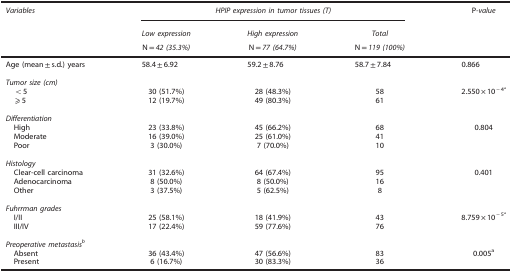
<table><thead><tr><td><b><i>Variables</i></b></td><td colspan="3"><b><i>HPIP expression in tumor tissues (T)</i></b></td><td><b>P<i>-value</i></b></td></tr><tr><td><b> </b></td><td><b><i>Low expression</i></b></td><td><b><i>High expression</i></b></td><td><b><i>Total</i></b></td><td><b> </b></td></tr><tr><td><b> </b></td><td><b>N=<i>42 (35.3%)</i></b></td><td><b>N=<i>77 (64.7%)</i></b></td><td><b>N=<i>119 (100%)</i></b></td><td><b> </b></td></tr></thead><tbody><tr><td>Age (mean±s.d.) years</td><td>58.4±6.92</td><td>59.2±8.76</td><td>58.7±7.84</td><td>0.866</td></tr><tr><td> </td><td> </td><td> </td><td> </td><td> </td></tr><tr><td colspan="5"><i>Tumor size (cm)</i></td></tr><tr><td> &lt;5</td><td>30 (51.7%)</td><td>28 (48.3%)</td><td>58</td><td>2.550 × 10<sup>−4a</sup></td></tr><tr><td> ⩾5</td><td>12 (19.7%)</td><td>49 (80.3%)</td><td>61</td><td> </td></tr><tr><td> </td><td> </td><td> </td><td> </td><td> </td></tr><tr><td colspan="5"><i>Differentiation</i></td></tr><tr><td> High</td><td>23 (33.8%)</td><td>45 (66.2%)</td><td>68</td><td>0.804</td></tr><tr><td> Moderate</td><td>16 (39.0%)</td><td>25 (61.0%)</td><td>41</td><td> </td></tr><tr><td> Poor</td><td>3 (30.0%)</td><td>7 (70.0%)</td><td>10</td><td> </td></tr><tr><td> </td><td> </td><td> </td><td> </td><td> </td></tr><tr><td colspan="5"><i>Histology</i></td></tr><tr><td> Clear-cell carcinoma</td><td>31 (32.6%)</td><td>64 (67.4%)</td><td>95</td><td>0.401</td></tr><tr><td> Adenocarcinoma</td><td>8 (50.0%)</td><td>8 (50.0%)</td><td>16</td><td> </td></tr><tr><td> Other</td><td>3 (37.5%)</td><td>5 (62.5%)</td><td>8</td><td> </td></tr><tr><td> </td><td> </td><td> </td><td> </td><td> </td></tr><tr><td colspan="5"><i>Fuhrrman grades</i></td></tr><tr><td> I/II</td><td>25 (58.1%)</td><td>18 (41.9%)</td><td>43</td><td>8.759 × 10<sup>−5a</sup></td></tr><tr><td> III/IV</td><td>17 (22.4%)</td><td>59 (77.6%)</td><td>76</td><td> </td></tr><tr><td> </td><td> </td><td> </td><td> </td><td> </td></tr><tr><td colspan="5"><i>Preoperative metastasisb</i></td></tr><tr><td> Absent</td><td>36 (43.4%)</td><td>47 (56.6%)</td><td>83</td><td>0.005a</td></tr><tr><td> Present</td><td>6 (16.7%)</td><td>30 (83.3%)</td><td>36</td><td> </td></tr></tbody></table>